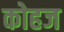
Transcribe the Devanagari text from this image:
कोहज